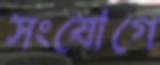
সংযোগে